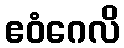
ဧဝံဂေလိ